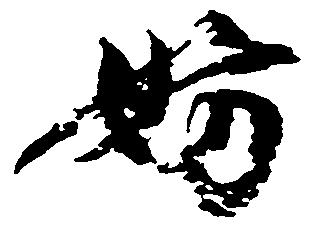
妨